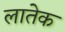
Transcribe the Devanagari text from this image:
लातेक